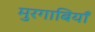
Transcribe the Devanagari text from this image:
मुरगाबियाँ